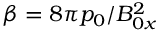
\beta = 8 \pi p _ { 0 } / B _ { 0 x } ^ { 2 }